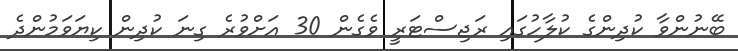
ބޭނުންވާ ކުދިންގެ ކުލާހުގައި ރަޖިސްޓަރީ ވެގެން 30 އަށްވުރެ ގިނަ ކުދިން ކިޔަވަމުންދެ